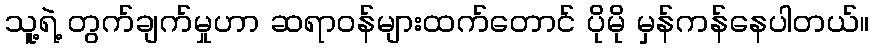
သူ့ရဲ့ တွက်ချက်မှုဟာ ဆရာဝန်များထက်တောင် ပိုမို မှန်ကန်နေပါတယ်။